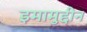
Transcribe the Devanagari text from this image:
इमामुद्दीन